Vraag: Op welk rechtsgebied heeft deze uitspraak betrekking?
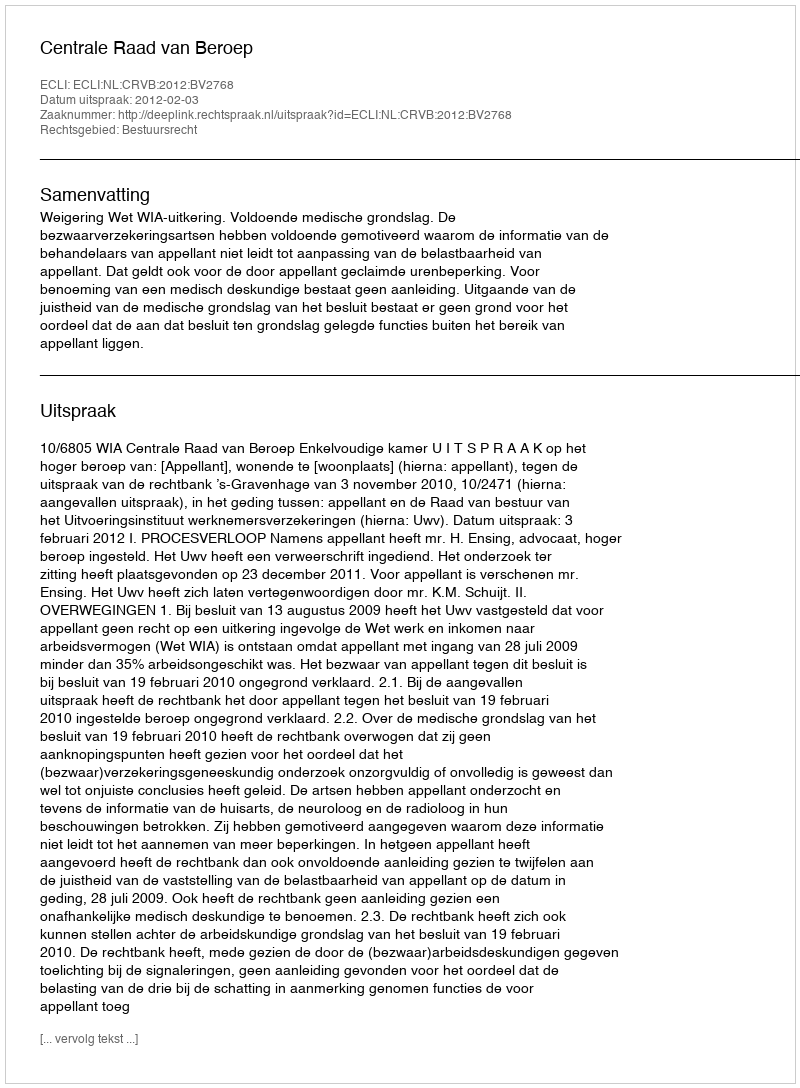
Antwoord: Bestuursrecht